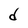
Character: d